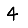
Digit: 4